Scientific memoirs by medical officers of the Army of India - Part VIII,
Year: 1894
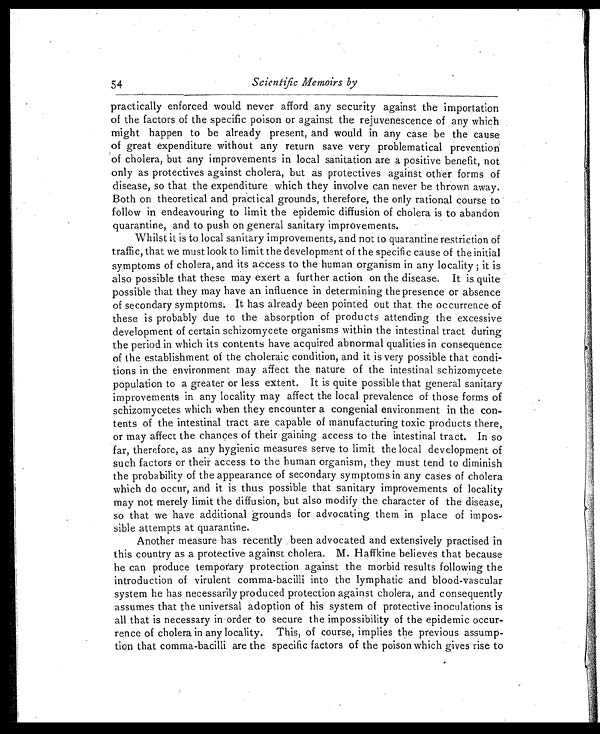
54
Scientific Memoirs by
practically enforced would never afford any security against the importation
of the factors of the specific poison or against the rejuvenescence of any which
might happen to be already present, and would in any case be the cause
of great expenditure without any return save very problematical prevention
of cholera, but any improvements in local sanitation are a positive benefit, not
only as protectives against cholera, but as protectives against other forms of
disease, so that the expenditure which they involve can never be thrown away.
Both on theoretical and practical grounds, therefore, the only rational course to
follow in endeavouring to limit the epidemic diffusion of cholera is to abandon
quarantine, and to push on general sanitary improvements.
Whilst it is to local sanitary improvements, and not to quarantine restriction of
traffic, that we must look to limit the development of the specific cause of the initial
symptoms of cholera, and its access to the human organism in any locality ; it is
also possible that these may exert a further action on the disease. It is quite
possible that they may have an influence in determining the presence or absence
of secondary symptoms. It has already been pointed out that the occurrence of
these is probably due to the absorption of products attending the excessive
development of certain schizomycete organisms within the intestinal tract during
the period in which its contents have acquired abnormal qualities in consequence
of the establishment of the choleraic condition, and it is very possible that condi-
tions in the environment may affect the nature of the intestinal schizomycete
population to a greater or less extent. It is quite possible that general sanitary
improvements in any locality may affect the local prevalence of those forms of
schizomycetes which when they encounter a congenial environment in the con-
tents of the intestinal tract are capable of manufacturing toxic products there,
or may affect the chances of their gaining access to the intestinal tract. In so
far, therefore, as any hygienic measures serve to limit the local development of
such factors or their access to the human organism, they must tend to diminish
the probability of the appearance of secondary symptoms in any cases of cholera
which do occur, and it is thus possible that sanitary improvements of locality
may not merely limit the diffusion, but also modify the character of the disease,
so that we have additional grounds for advocating them in place of impos-
sible attempts at quarantine.
Another measure has recently been advocated and extensively practised in
this country as a protective against cholera. M. Haffkine believes that because
he can produce temporary protection against the morbid results following the
introduction of virulent comma-bacilli into the lymphatic and blood-vascular
system he has necessarily produced protection against cholera, and consequently
assumes that the universal adoption of his system of protective inoculations is
all that is necessary in order to secure the impossibility of the epidemic occur-
rence of cholera in any locality. This, of course, implies the previous assump-
tion that comma-bacilli are the specific factors of the poison which gives rise to